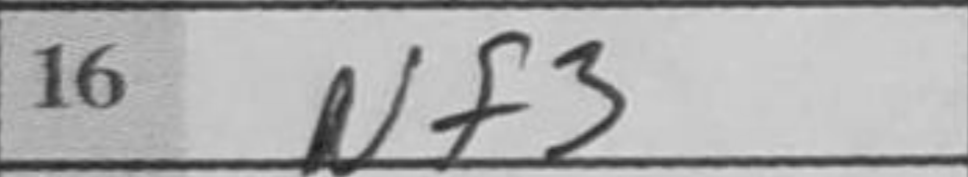
Transcription: Nf3